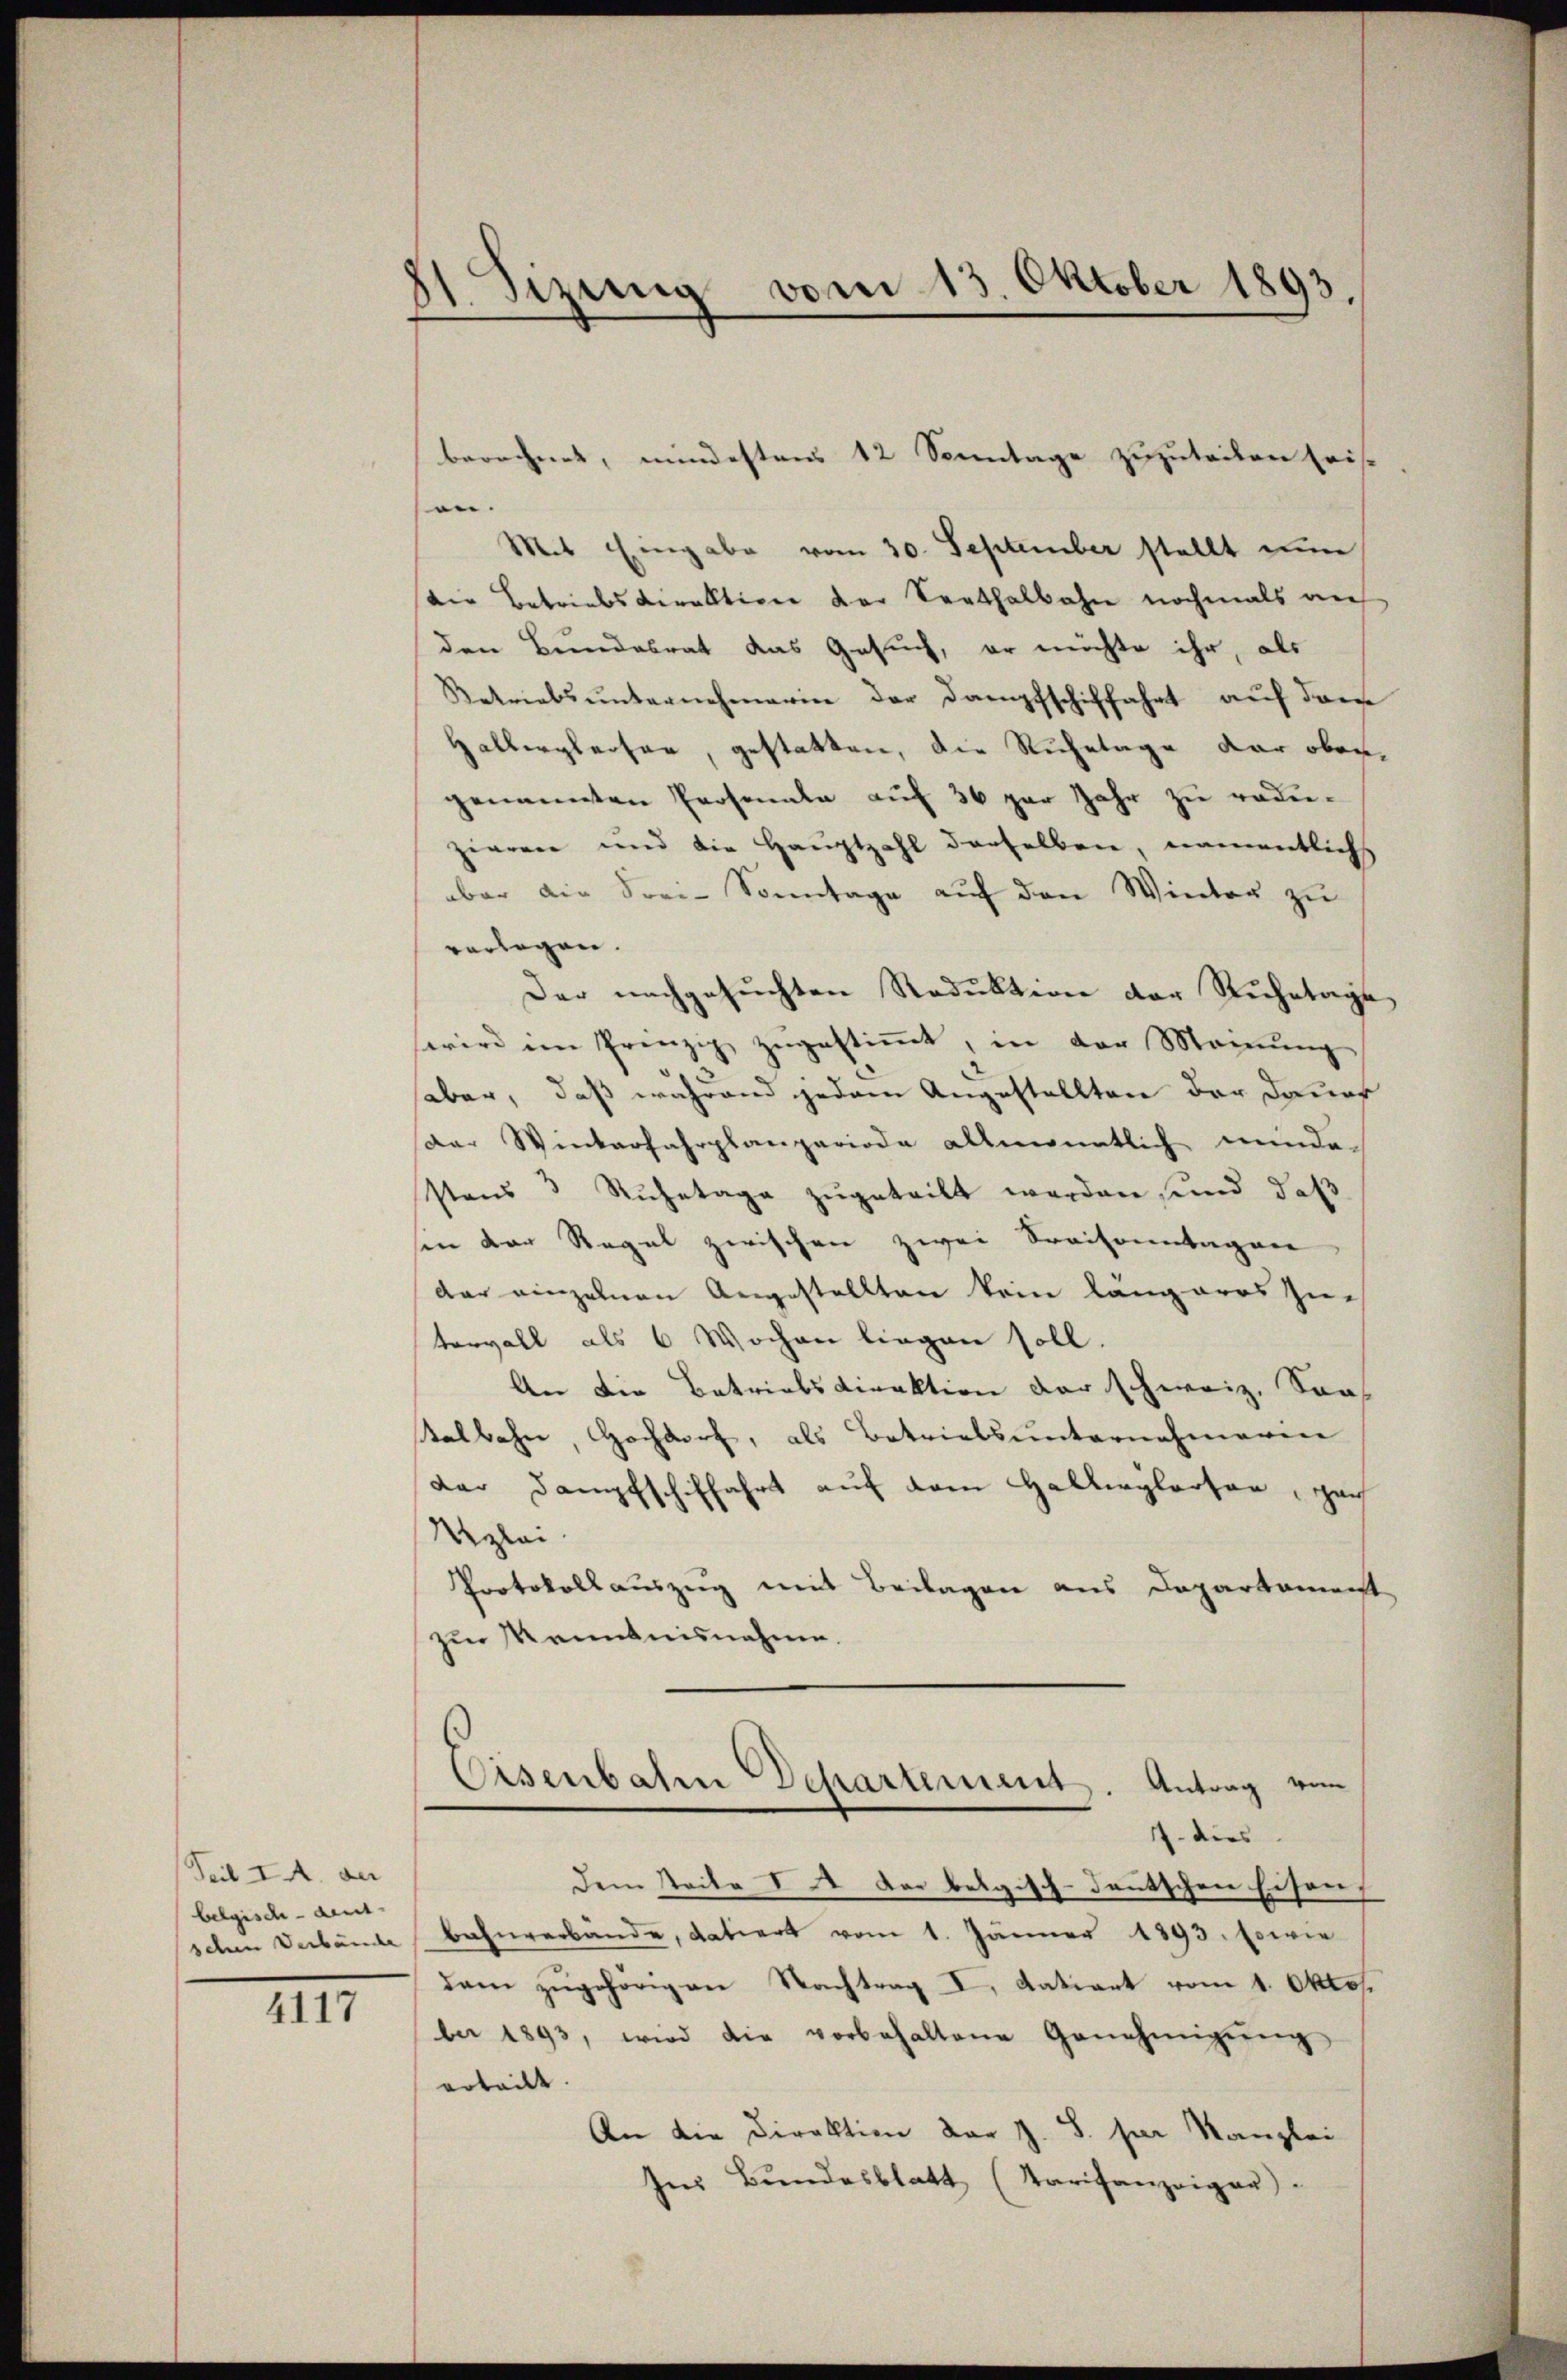
Teil I. der
belgisch-deut-
schen Verbände

4117

11. Sizung vom 13. Oktober 1893.

berechnet, mindestens 12 Sonntage zuzuteilen Eris-
.
Mit Eingabe vom 30. September stellt eine
die Betriebsdirektion der Senthalbahn nochmals auf
den Bundesrat das Gesuch, er möchte ihr, als
Retriebs unternehmerin der Dampfschiffahrt auf demn
Halbergleiter, gestatten, die Ruhetage dar obergenannten Prosenate aŭf 36 par Jahr zu reduzieren und die Hauptzahl derselben, namentlich
aber die Frei-Sonntage auf den Winter zu
verlegen.
Der nachgesuchten Reduktion der Ruhetage
wird im Prinzip zugestimmt, in der Manung
haber, daß während jedem Angestellten der Dauer
Der Winterfahrplanperiode allmonatlich minde-
stens 3 Rŭhetage zugeteilt werden, und daß
sen der Regel zwischen zwei Sraisonntagen
dar einzelnen Angestellten kein längeres Zie
tervall als 6 Wochen liegen soll
An die Betriebsdirektion der schweiz. Saal
Kalbahn, Hochdorf, als Betriebsunternehmeren
der Dampfschiffahrt auf dem Hallerglarter Hoch
Uzlei
Protokollauszug mit Beilagen aus Departament
zur Kenntnisnahme.

Eisenbahrn Departement. Antrag vom
7. dies

Dem Taite II. Der belgisch-deutschen Eisens
bahnverbande, datiert vom 1. Jänner 1893. Erwie
dem zugehörigen Nachtrag I. datiert vom 1. Oktob.
ber 1893, wird die vorbehaltene Genehmigŭng
erteilt.
An die Direktion der z. B. sei Kanzlei
Ins Bundesblatt (Tarifanzeiger